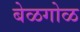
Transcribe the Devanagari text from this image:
बेळगोळ